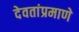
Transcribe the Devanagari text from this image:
देवतांप्रमाणे